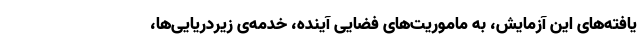
یافته‌های این آزمایش، به ماموریت‌های فضایی آینده، خدمه‌ی زیردریایی‌ها،